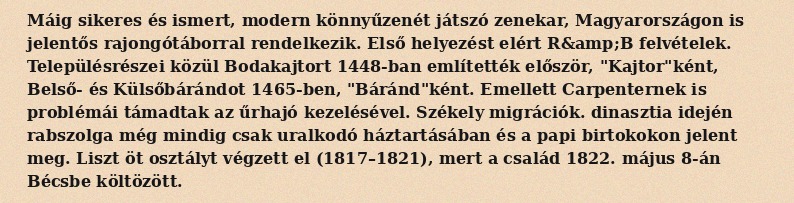
Máig sikeres és ismert, modern könnyűzenét játszó zenekar, Magyarországon is jelentős rajongótáborral rendelkezik. Első helyezést elért R&amp;B felvételek. Településrészei közül Bodakajtort 1448-ban említették először, "Kajtor"ként, Belső- és Külsőbárándot 1465-ben, "Báránd"ként. Emellett Carpenternek is problémái támadtak az űrhajó kezelésével. Székely migrációk. dinasztia idején rabszolga még mindig csak uralkodó háztartásában és a papi birtokokon jelent meg. Liszt öt osztályt végzett el (1817–1821), mert a család 1822. május 8-án Bécsbe költözött.